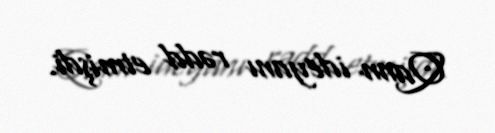
Qann ideyanı rədd etmişdi.